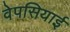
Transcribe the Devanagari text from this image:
वेपसियाई